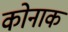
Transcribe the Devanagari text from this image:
कोनाक